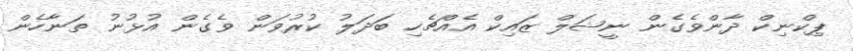
ޕިކްނިކް ދާންވެގެން ނީޝަލް ޒައިކް އެއްޗެހި ބަދަލު ކުރުވަން ވެގެން އުޅުނު ތަނާހެން